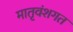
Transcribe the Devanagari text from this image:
मातृवंशगत